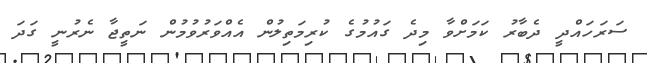
ސަރަހައްދީ ދެބާރު ކަމަށްވާ މިދެ ގައުމުގެ ކުރިމަތިލުން އެއްވަރުވުމުން ނަތީޖާ ނެރުނީ ގަދަ